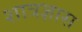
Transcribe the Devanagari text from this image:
शात्रज्ञास